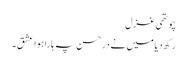
چوتھی غزل
رکھ دیا میں نے در حسن پہ ہارا ہوا عشق۔